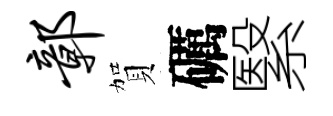
鄣賀礪繄